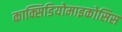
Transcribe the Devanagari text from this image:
काक्सिडियोमाइकोसिस